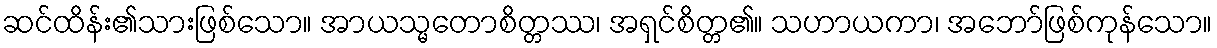
ဆင်ထိန်း၏သားဖြစ်သော။ အာယသ္မတောစိတ္တဿ၊ အရှင်စိတ္တ၏။ သဟာယကာ၊ အဘော်ဖြစ်ကုန်သော။